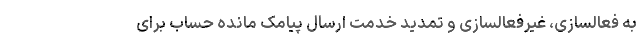
به فعالسازی، غیرفعالسازی و تمدید خدمت ارسال پیامک مانده حساب برای